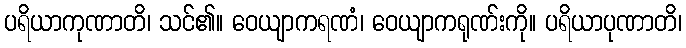
ပရိယာကုဏာတိ၊ သင်၏။ ဝေယျာကရဏံ၊ ဝေယျာကရုဏ်းကို။ ပရိယာပုဏာတိ၊